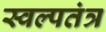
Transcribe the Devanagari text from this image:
स्वल्पतंत्र